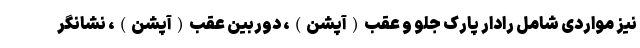
نیز مواردی شامل رادار پارک جلو و عقب(آپشن)، دوربین عقب(آپشن)، نشانگر